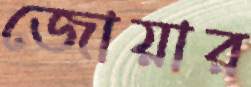
জোয়ার